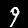
Digit: 9